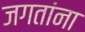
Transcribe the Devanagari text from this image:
जगतांना